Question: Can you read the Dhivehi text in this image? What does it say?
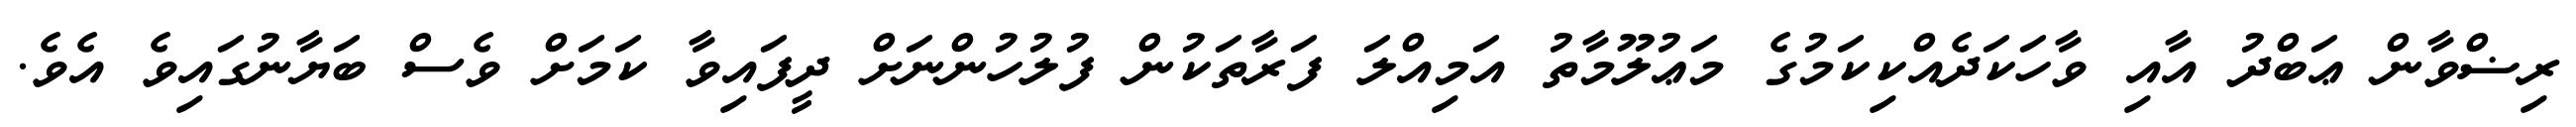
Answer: ރިޟްވާން ޢަބްދު އާއި ވާހަކަދެއްކިކަމުގެ މަޢުލޫމާތު އަމިއްލަ ފަރާތަކުން ފުލުހުންނަށް ދީފައިވާ ކަމަށް ވެސް ބަޔާނުގައިވެ އެވެ.